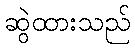
ဆွဲထားသည်